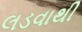
લડવાથી